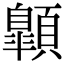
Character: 𩕍